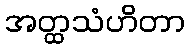
အတ္ထသံဟိတာ